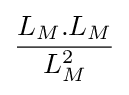
{\frac {L_{M}.L_{M}}{L_{M}^{2}}}